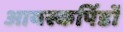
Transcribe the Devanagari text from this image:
आयस्कपिंडों